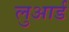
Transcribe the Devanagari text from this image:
लुआर्ड